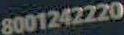
8001242220